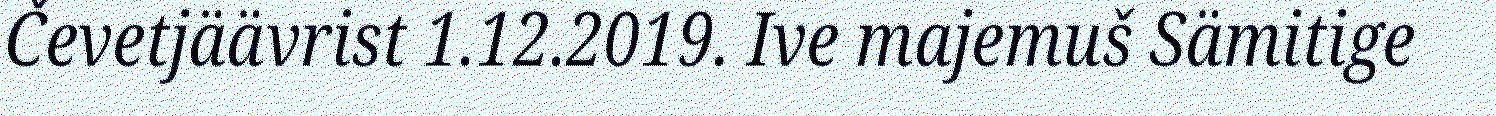
Čevetjäävrist 1.12.2019. Ive majemuš Sämitige